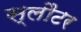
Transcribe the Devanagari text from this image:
स्लौटर